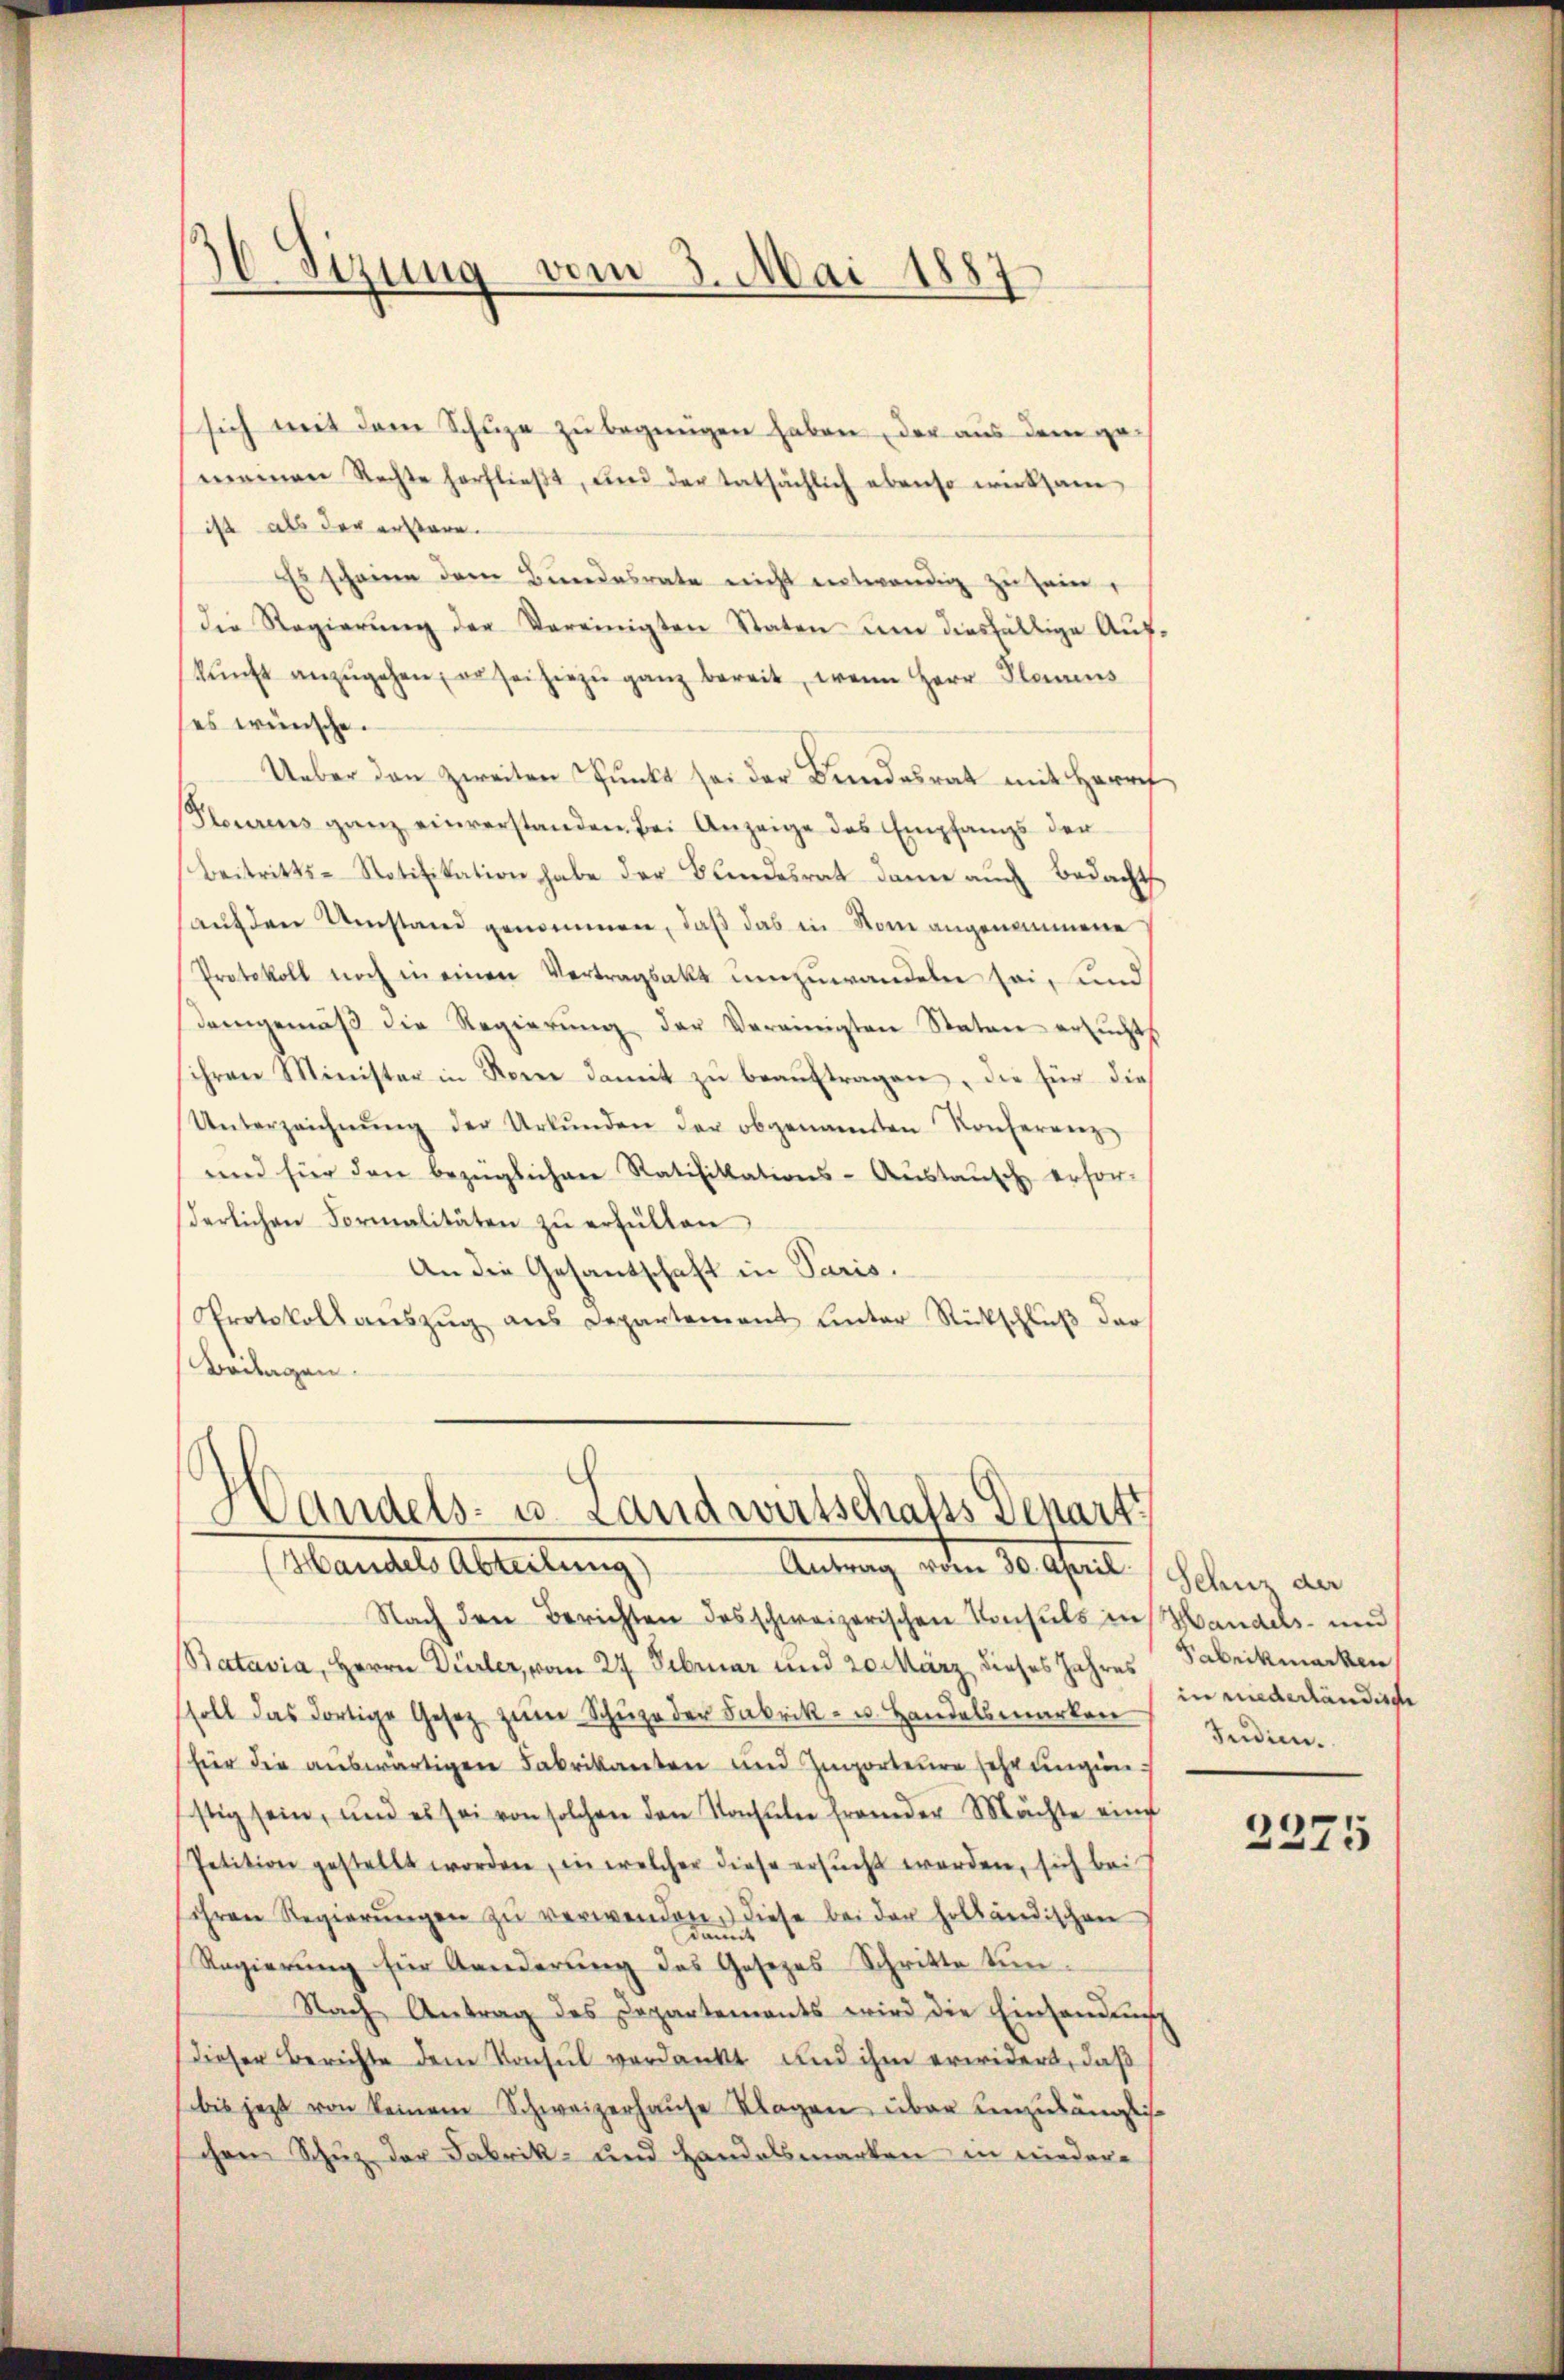
.
30 etzung vom 3. Mai 1887

sich mit dem Schüze zu begnügen haben, der aus dem ge-
meinen Rechte herflieβt, und der tatsächlich ebenso wirksam
ist als der erstare.
Es scheinen dem Bundesrate nicht entwendig zu sein,
die Regierŭng der Vereinigten Staten um diesfällige Aufkŭnft anzŭgehen, es sei hiezu ganz bereit, wenn Herr Planes
ses wünsche.
Ueber den zweiten Punkt sei der Bundesrat mit Herrn
Steuerens ganz einverstanden bei Anzeige des Empfangs der
Beitritts-Notifikation habe der Bundesrat dann aŭch bedacht
auf den Umstand genommen, daß das in Som angenommene
Protokoll noch in einen Vertragsakt umzuwandeln sei, und
demgemäβ die Regierŭng der Vereinigten Staten ersŭchts
ihren Minister in Sonne damit zŭ beaŭftragen, die für dies
Unterzeichnŭng der Urkŭnden der obgenannten Konferenz
und für den bezüglichen Ratifikations-Austausch erfor-
derlichen Formalitäten zŭ erfüllen
An die Gesandschaft in Paris.
Protokoll aŭszŭg ans Departement hinter Rückschlŭβ der
Beilagen.

Handels- u. Landwirtschafts Departi
Mandels Abteilung,
Antrag oder de mit Schnen an

Nach den Berichten des schweizerischen Konsuls in Mandels- und
Batavia, Herrn Dürler, vom 27. Februar und 20. März dieses Jahres Fabrikmacken
soll das dortige Gesetz zŭm Schuhe der Fabrik- u. Handelsmarken
fier die auswärtigen Fabrikanten und Importeure sehr ungen.
stig sein, und es sei von solchen den Schule fremder Mächte eine
Petition gestellt worden, in welcher diese ersŭcht werden, sich bei
sihren Regierŭngen zŭ verwenden. Diese bei der holländischen
Regierung für Aenderung des Gesezes-Schritte tun¬
Nach Antrag des Departements wird die Einhandlung
dieser Berichte dem Konsul verdankt und ihm erwidert, daß
bis jezt von keinem Schweizerhause Klagen über einzulängliche
chen Schuz der Fabrik- und Handelsmarken in nieder-

in niederländische
Judien.

2275